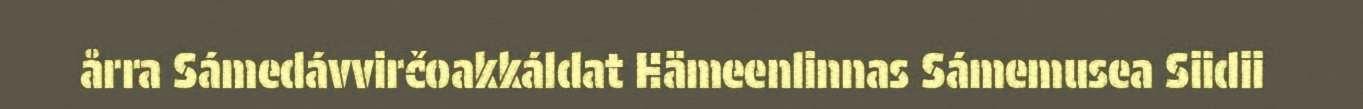
årra Sámedávvirčoakkáldat Hämeenlinnas Sámemusea Siidii